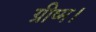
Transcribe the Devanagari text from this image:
ग्रीष्म।